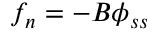
f _ { n } = - B \phi _ { s s }